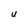
Character: U